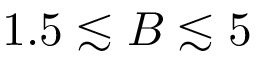
1 . 5 \lesssim B \lesssim 5